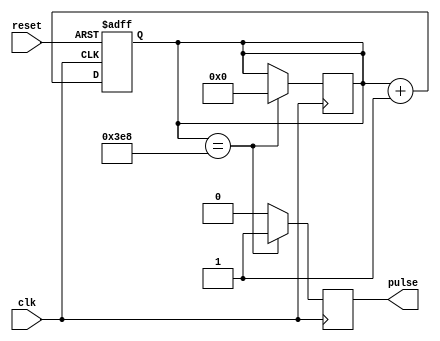
module sync_pulse_generator (
    input wire clk,      // Clock input
    input wire reset,    // Reset input
    output reg pulse     // Output pulse
);

parameter INTERVAL = 1000;  // Specify the desired interval

reg [11:0] count;   // Counter to keep track of timing intervals

// Counter logic
always @(posedge clk or posedge reset)
begin
    if (reset) begin
        count <= 12'd0;  // Reset counter
    end else begin
        count <= count + 1; // Increment counter
    end
end

// Comparator logic
always @(posedge clk)
begin
    if (count == INTERVAL) begin
        pulse <= 1;   // Generate pulse
        count <= 12'd0;  // Reset counter after pulse generation
    end else begin
        pulse <= 0;   // No pulse generated
    end
end

endmodule